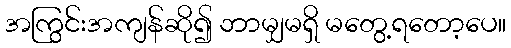
အကြွင်းအကျန်ဆို၍ ဘာမျှမရှိ မတွေ့ရတော့ပေ။